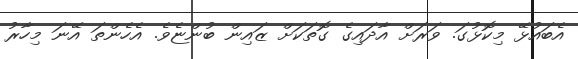
އެބައުޅޭ މިކޮޅުގަ. ވަރަށް އާދައިގެ ގޮތަކަށް ޒައިން ބުންޏެވެ. އެހެންތަ އޭނަ މިހާރު